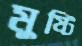
মুষ্টি